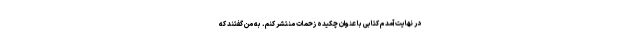
در نهایت آمدم کتابی با عنوان چکیده زحمات منتشر کنم. به من گفتند که